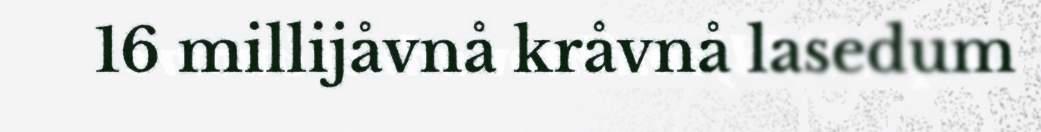
16 millijåvnå kråvnå lasedum